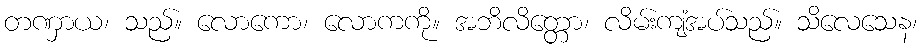
တဏှာယ၊ သည်။ လောကော၊ လောကကို။ အဘိလိတ္တော၊ လိမ်းကျံအပ်သည်။ သိလေသေန၊